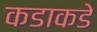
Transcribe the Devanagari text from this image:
कडाकडे